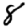
Digit: 8